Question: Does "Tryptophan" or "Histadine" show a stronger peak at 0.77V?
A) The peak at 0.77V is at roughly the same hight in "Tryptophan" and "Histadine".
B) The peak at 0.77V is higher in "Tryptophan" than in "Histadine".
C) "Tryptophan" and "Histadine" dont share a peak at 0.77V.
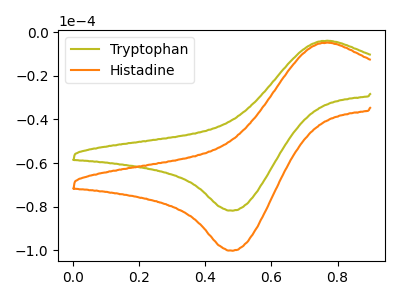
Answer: <think>The olive curve "Tryptophan" has an anodic peak at (0.75V, -3.85uA) and a cathodic peak at (0.50V, -81.80uA). The orange curve "Histadine" has an anodic peak at (0.75V, -4.70uA) and a cathodic peak at (0.50V, -100.20uA).</think>
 <answer>B) The peak at 0.77V is higher in "Tryptophan" than in "Histadine".</answer>
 <eval>B</eval>